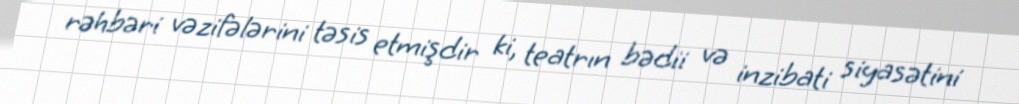
rəhbəri vəzifələrini təsis etmişdir ki, teatrın bədii və inzibati siyasətini